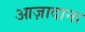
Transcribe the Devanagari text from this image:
आज़ादाना